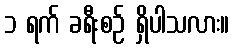
၁ ရက် ခရီးစဉ် ရှိပါသလား။